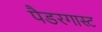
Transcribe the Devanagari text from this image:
पैडरगास्ट